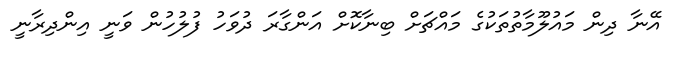
އޭނާ ދިން މައުލޫމާތުތަކުގެ މައްޗަށް ބިނާކޮށް އަންގާރަ ދުވަހު ފުލުހުން ވަނީ އިންދިރާނީ